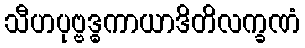
သီဟပုဗ္ဗဒ္ဓကာယာဒိတိလက္ခဏံ